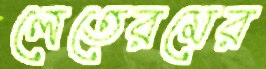
লেতেরমের